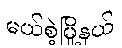
မယ်စဲ့မြို့နယ်